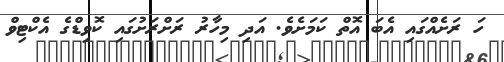
ހަ ރަށެއްގައި އެބަ އޮތް ކަމަށެވެ. އަދި މިހާރު ރަށްރަށުގައި ކޮވިޑްގެ އެކްޓިވް